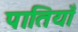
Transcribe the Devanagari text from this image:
पातियाँ